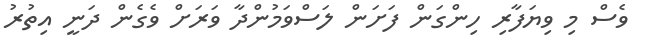
ވެސް މި ވިޔަފާރި ހިންގަން ފަށަން ލަސްވަމުންދާ ވަރަށް ވެގެން ދަނީ އިތުރު